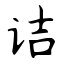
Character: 诘